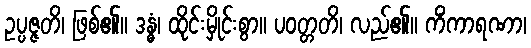
ဥပ္ပဇ္ဇတိ၊ ဖြစ်၏။ ဒန္ဓံ၊ ထိုင်းမှိုင်းစွာ။ ပဝတ္တတိ၊ လည်၏။ ကိံကာရဏာ၊